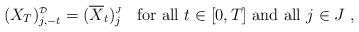
LaTeX: \begin{align*} (X_{T})^{\mbox{\tiny $\mathcal{D}$}}_{j,-t} = (\overline{X}_{t})^{\mbox{\tiny $J$}}_{j} \;\; \mbox{ for all } t \in [0,T] \mbox{ and all } j \in J\;, \end{align*}